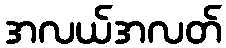
အလယ်အလတ်